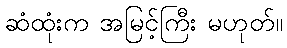
ဆံထုံးက အမြင့်ကြီး မဟုတ်။